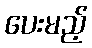
ပေးမည့်